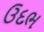
ઉદભ